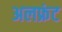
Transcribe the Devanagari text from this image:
अलफ्रंट